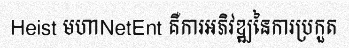
Heist មហាNetEnt គឺការអភិវឌ្ឍនៃការប្រកួត